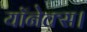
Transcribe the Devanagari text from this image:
यॉनेक्स।